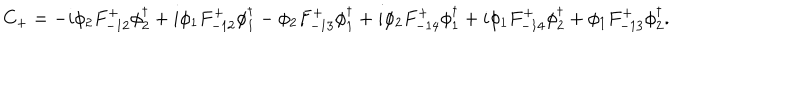
LaTeX: C _ { + } = - i \phi _ { 2 } F _ { - 1 2 } ^ { + } \phi _ { 2 } ^ { \dagger } + i \phi _ { 1 } F _ { - 1 2 } ^ { + } \phi _ { 1 } ^ { \dagger } - \phi _ { 2 } F _ { - 1 3 } ^ { + } \phi _ { 1 } ^ { \dagger } + i \phi _ { 2 } F _ { - 1 4 } ^ { + } \phi _ { 1 } ^ { \dagger } + i \phi _ { 1 } F _ { - 1 4 } ^ { + } \phi _ { 2 } ^ { \dagger } + \phi _ { 1 } F _ { - 1 3 } ^ { + } \phi _ { 2 } ^ { \dagger } .